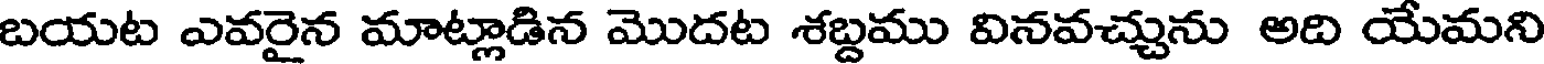
బయట ఎవరైన మాట్లాడిన మొదట శబ్దము వినవచ్చును అది యేమని